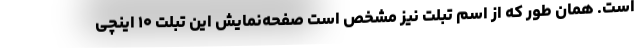
است. همان طور که از اسم تبلت نیز مشخص است صفحه‌نمایش این تبلت ۱۰ اینچی